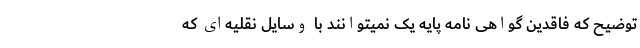
توضیح که فاقدین گواهی نامه پایه یک نمیتوانند با وسایل نقلیه‌ای که